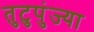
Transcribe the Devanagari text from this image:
तुटुपुंज्या